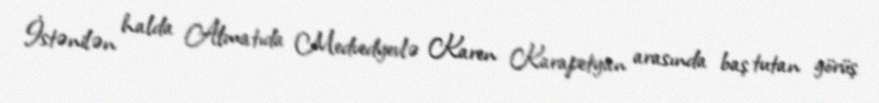
İstənilən halda Almatıda Medvedyevlə Karen Karapetyan arasında baş tutan görüş